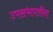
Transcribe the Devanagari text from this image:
उपसभापतींना